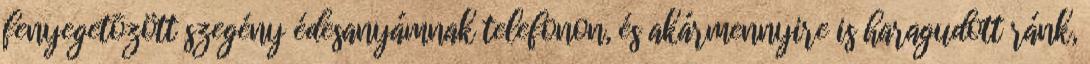
fenyegetõzött szegény édesanyámnak telefonon, és akármennyire is haragudott ránk,